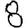
Digit: 8